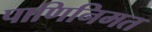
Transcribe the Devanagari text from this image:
पाणिनिमत